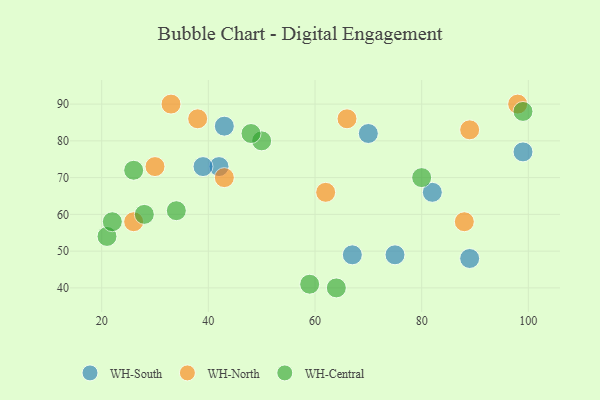
{"axis": {"x": "GDP", "y": "Life Expectancy"}, "legend": ["WH-Central", "WH-North", "WH-South"], "data": [{"x": "43", "y": 84, "type": "WH-South"}, {"x": "42", "y": 73, "type": "WH-South"}, {"x": "39", "y": 73, "type": "WH-South"}, {"x": "89", "y": 48, "type": "WH-South"}, {"x": "67", "y": 49, "type": "WH-South"}, {"x": "70", "y": 82, "type": "WH-South"}, {"x": "82", "y": 66, "type": "WH-South"}, {"x": "75", "y": 49, "type": "WH-South"}, {"x": "99", "y": 77, "type": "WH-South"}, {"x": "62", "y": 66, "type": "WH-North"}, {"x": "30", "y": 73, "type": "WH-North"}, {"x": "43", "y": 70, "type": "WH-North"}, {"x": "38", "y": 86, "type": "WH-North"}, {"x": "66", "y": 86, "type": "WH-North"}, {"x": "98", "y": 90, "type": "WH-North"}, {"x": "26", "y": 58, "type": "WH-North"}, {"x": "33", "y": 90, "type": "WH-North"}, {"x": "88", "y": 58, "type": "WH-North"}, {"x": "89", "y": 83, "type": "WH-North"}, {"x": "64", "y": 40, "type": "WH-Central"}, {"x": "50", "y": 80, "type": "WH-Central"}, {"x": "80", "y": 70, "type": "WH-Central"}, {"x": "59", "y": 41, "type": "WH-Central"}, {"x": "99", "y": 88, "type": "WH-Central"}, {"x": "34", "y": 61, "type": "WH-Central"}, {"x": "28", "y": 60, "type": "WH-Central"}, {"x": "21", "y": 54, "type": "WH-Central"}, {"x": "26", "y": 72, "type": "WH-Central"}, {"x": "22", "y": 58, "type": "WH-Central"}, {"x": "48", "y": 82, "type": "WH-Central"}]}